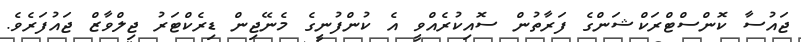
ޖައުސާ ކޮންސްޓްރަކްޝަންގެ ފަރާތުން ސޮއިކުރެއްވީ އެ ކުންފުނީގެ މެނޭޖިން ޑިރެކްޓަރު ޖިލްވާޒް ޖައުފަރެވެ.